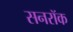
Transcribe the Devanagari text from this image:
सनरॉक